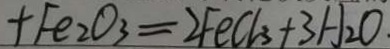
+ F e _ { 2 } O _ { 3 } = 2 F e C l _ { 3 } + 3 H _ { 2 } O .